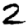
Digit: 2